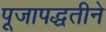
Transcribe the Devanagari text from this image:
पूजापद्धतीने